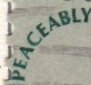
PEACEABLY